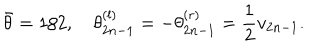
LaTeX: \bar { \theta } = 1 / 2 , \quad \theta _ { 2 n - 1 } ^ { \left( l \right) } = - \theta _ { 2 n - 1 } ^ { \left( r \right) } = \frac { 1 } { 2 } v _ { 2 n - 1 } .